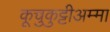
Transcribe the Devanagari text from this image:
कूचुकुट्टीअम्मा